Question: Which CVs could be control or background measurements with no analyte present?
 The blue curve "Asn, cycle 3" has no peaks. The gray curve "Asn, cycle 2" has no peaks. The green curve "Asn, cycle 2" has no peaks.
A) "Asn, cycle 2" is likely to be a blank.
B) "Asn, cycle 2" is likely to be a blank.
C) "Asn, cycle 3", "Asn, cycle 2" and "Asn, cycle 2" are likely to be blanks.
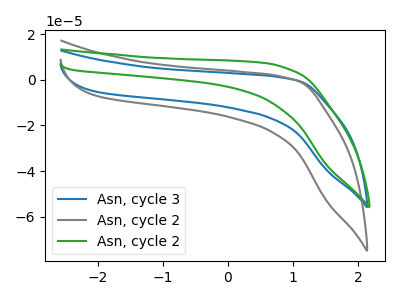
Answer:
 <answer>C) "Asn, cycle 3", "Asn, cycle 2" and "Asn, cycle 2" are likely to be blanks.</answer>
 <eval>C</eval>